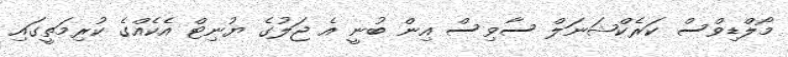
މޯލްޑިވްސް ކަރެކްޝަނަލް ސާވިސް އިން ބުނީ އެ ޖަލުގެ ޔުނިޓް އެކެއްގެ ކުރިމަތީގައި